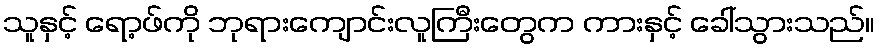
သူနှင့် ရော့ဖ်ကို ဘုရားကျောင်းလူကြီးတွေက ကားနှင့် ခေါ်သွားသည်။